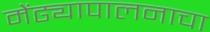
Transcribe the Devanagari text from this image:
मेंढ्यापालनाचा